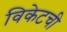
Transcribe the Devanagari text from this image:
विकेटची